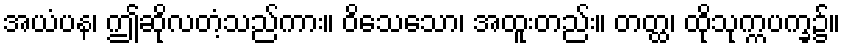
အယံပန၊ ဤဆိုလတံ့သည်ကား။ ဝိသေသော၊ အထူးတည်း။ တတ္ထ၊ ထိုသုက္ကပက္ခ၌။